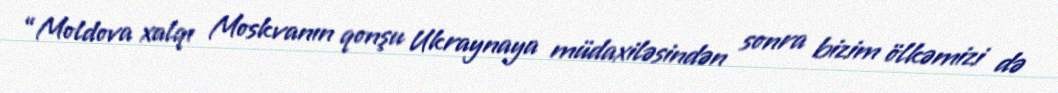
“Moldova xalqı Moskvanın qonşu Ukraynaya müdaxiləsindən sonra bizim ölkəmizi də